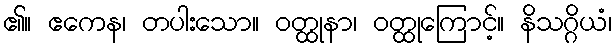
၏။ ဧကေန၊ တပါးသော။ ဝတ္ထုနာ၊ ဝတ္ထုကြောင့်။ နိသဂ္ဂိယံ၊